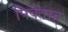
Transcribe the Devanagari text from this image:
पिक्तात